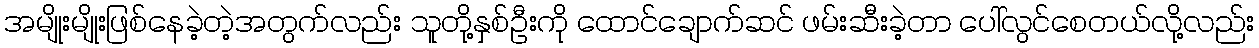
အမျိုးမျိုးဖြစ်နေခဲ့တဲ့အတွက်လည်း သူတို့နှစ်ဦးကို ထောင်ချောက်ဆင် ဖမ်းဆီးခဲ့တာ ပေါ်လွင်စေတယ်လို့လည်း